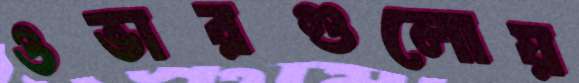
ওভারগুলোয়